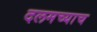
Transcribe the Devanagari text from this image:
दलमच्याच